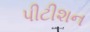
પીટીશન